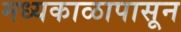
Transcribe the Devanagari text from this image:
मध्यकाळापासून